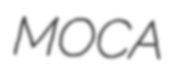
MOCA